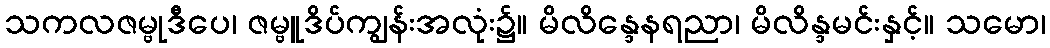
သကလဇမ္ဗုဒီပေ၊ ဇမ္ဗူဒိပ်ကျွန်းအလုံး၌။ မိလိန္ဒေနရညာ၊ မိလိန္ဒမင်းနှင့်။ သမော၊